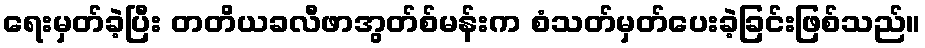
ရေးမှတ်ခဲ့ပြီး တတိယခလီဖာအွတ်စ်မန်းက စံသတ်မှတ်ပေးခဲ့ခြင်းဖြစ်သည်။